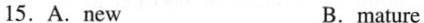
15.A.new